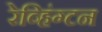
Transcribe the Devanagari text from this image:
रेव्हिंग्टन